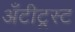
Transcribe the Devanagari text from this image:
अँटीट्रस्ट